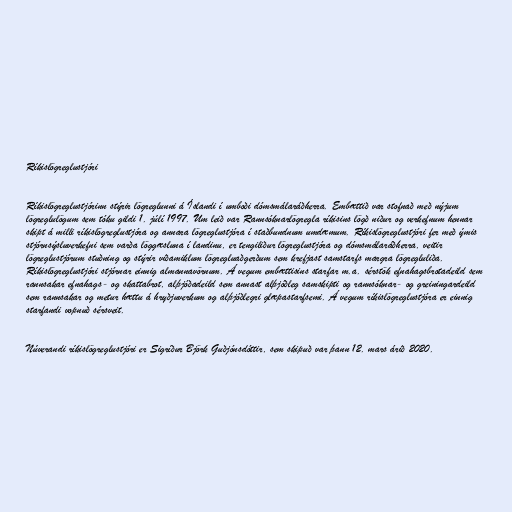
Ríkislögreglustjóri

Ríkislögreglustjórinn stýrir lögreglunni á Íslandi í umboði dómsmálaráðherra. Embættið var stofnað með nýjum
lögreglulögum sem tóku gildi 1. júlí 1997. Um leið var Rannsóknarlögregla ríkisins lögð niður og verkefnum hennar
skipt á milli ríkislögreglustjóra og annara lögreglustjóra í staðbundnum umdæmum. Ríkislögreglustjóri fer með ýmis
stjórnsýsluverkefni sem varða löggæsluna í landinu, er tengiliður lögreglustjóra og dómsmálaráðherra, veitir
lögreglustjórum stuðning og stýrir viðamiklum lögregluaðgerðum sem krefjast samstarfs margra lögregluliða.
Ríkislögreglustjóri stjórnar einnig almannavörnum. Á vegum embættisins starfar m.a. sérstök efnahagsbrotadeild sem
rannsakar efnahags- og skattabrot, alþjóðadeild sem annast alþjóðleg samskipti og rannsóknar- og greiningardeild
sem rannsakar og metur hættu á hryðjuverkum og alþjóðlegri glæpastarfsemi. Á vegum ríkislögreglustjóra er einnig
starfandi vopnuð sérsveit.

Núverandi ríkislögreglustjóri er Sigríður Björk Guðjónsdóttir, sem skipuð var þann 12. mars árið 2020.